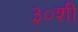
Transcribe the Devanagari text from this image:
३०शी